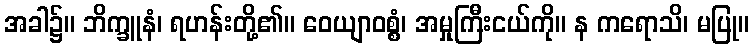
အခါ၌။ ဘိက္ခူနံ၊ ရဟန်းတို့၏။ ဝေယျာဝစ္စံ၊ အမှုကြီးငယ်ကို။ န ကရောသိ၊ မပြု။